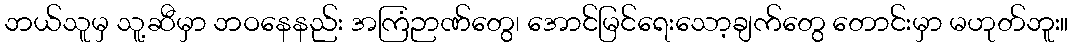
ဘယ်သူမှ သူ့ဆီမှာ ဘဝနေနည်း အကြံဉာဏ်တွေ၊ အောင်မြင်ရေးသော့ချက်တွေ တောင်းမှာ မဟုတ်ဘူး။